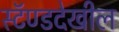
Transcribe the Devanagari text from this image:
स्टॅण्डदेखील